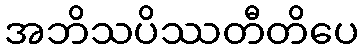
အဘိသပိဿတီတိပေ